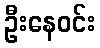
ဦးနေဝင်း